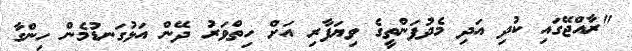
"ރާއްްޖޭގައި ކުދި އަދި މެދުފަންތީގެ ވިޔަފާރި އަށް ހިތްވަރު ދޭން އަޅުގަނޑުމެން ހިންގާ